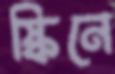
স্কিনে